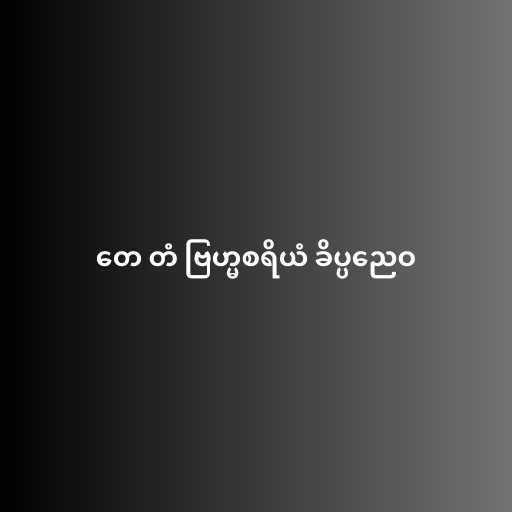
တေ တံ ဗြဟ္မစရိယံ ခိပ္ပညေဝ